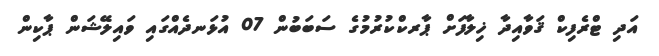
އަދި ޓްރެފިކް ޤަވާއިދާ ޚިލާފަށް ޕާރކްކުރުމުގެ ސަބަބުން 07 އުޅަނދެއްގައި ވައިލޭޝަން ޕާކިން